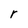
Character: r